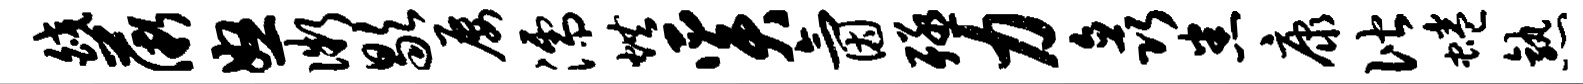
皎薇怒微歇屡濡烘奚氤殛力矗悉康偕蜷熟